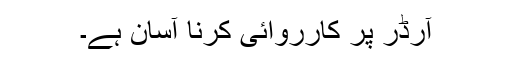
آرڈر پر کارروائی کرنا آسان ہے۔